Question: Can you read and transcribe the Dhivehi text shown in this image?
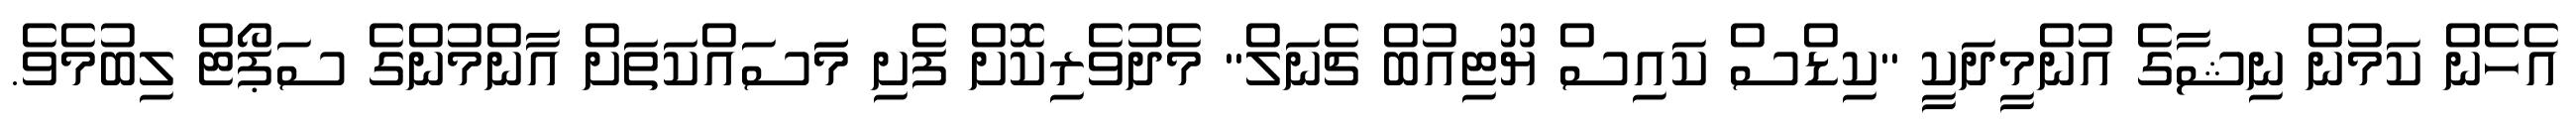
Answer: އެހެން ކަމުން ނިޝާގެ އުންމީދަކީ "ކިޑްސް ކައިސް ޔޫޓިއުބް ޗެނަލް" މެދުވެރިކޮށް ފެށި މަަސައްކަތަށް އާންމުންގެ ސަޕޯޓް ލިބުމެވެ.